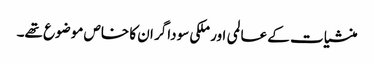
منشیات کے عالمی اور ملکی سوداگر ان کا خاص موضوع تھے۔